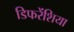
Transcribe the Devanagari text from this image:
डिफरेंशिया